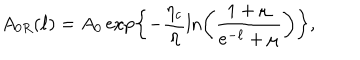
A _ { 0 R } ( \ell ) = A _ { 0 } \exp \left\{ - \frac { \eta _ { c } } { \eta } \ln \left( \frac { 1 + \mu } { e ^ { - \ell } + \mu } \right) \right\} ,